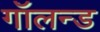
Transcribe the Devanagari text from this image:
गॉलन्ड